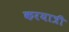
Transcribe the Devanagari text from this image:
करयात्री